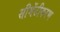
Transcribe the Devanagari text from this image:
सीमेंटीकरण